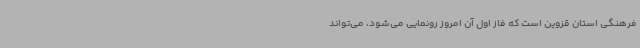
فرهنگی استان قزوین است که فاز اول آن امروز رونمایی می‌شود، می‌تواند